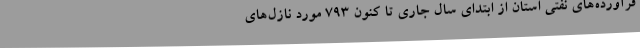
فرآورده‌های نفتی استان از ابتدای سال جاری تا کنون 793 مورد نازل‌های